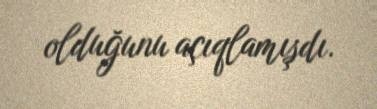
olduğunu açıqlamışdı.